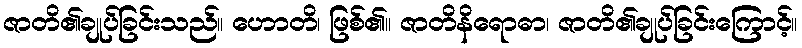
ဇာတိ၏ချုပ်ခြင်းသည်။ ဟောတိ၊ ဖြစ်၏။ ဇာတိနိရောဓာ၊ ဇာတိ၏ချုပ်ခြင်းကြောင့်။